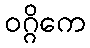
ဝဂ္ဂိကေ